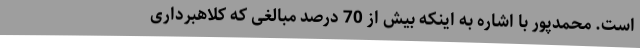
است. محمدپور با اشاره به اینکه بیش از 70 درصد مبالغی که کلاهبرداری